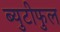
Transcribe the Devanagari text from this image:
ब्युटीफुल